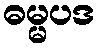
ဓမ္မပဒ